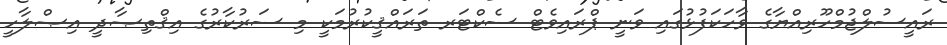
ރައީސުލްޖުމްހޫރިއްޔާގެ ވާހަކަފުޅުގައި ވަނީ ޕްރައިވެޓް ސެކްޓަރ ތަރައްޤީކުރުމަކީ މި ސަރުކާރުގެ އިޤްތިޞާދީ އިޞްލާހީ